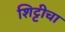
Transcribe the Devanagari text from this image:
शिट्टीचा